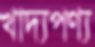
খাদ্যপণ্য